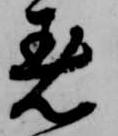
着